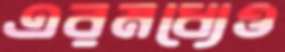
এরমধ্যেও